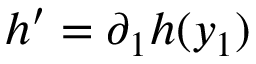
h ^ { \prime } = \partial _ { 1 } h ( y _ { 1 } )